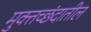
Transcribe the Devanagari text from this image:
मुक्तच्छंदातील